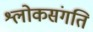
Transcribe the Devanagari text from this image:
श्लोकसंगति